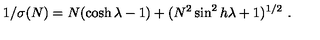
1 / \sigma ( N ) = N ( \cosh \lambda - 1 ) + ( N ^ { 2 } \sin ^ { 2 } h \lambda + 1 ) ^ { 1 / 2 } \ .